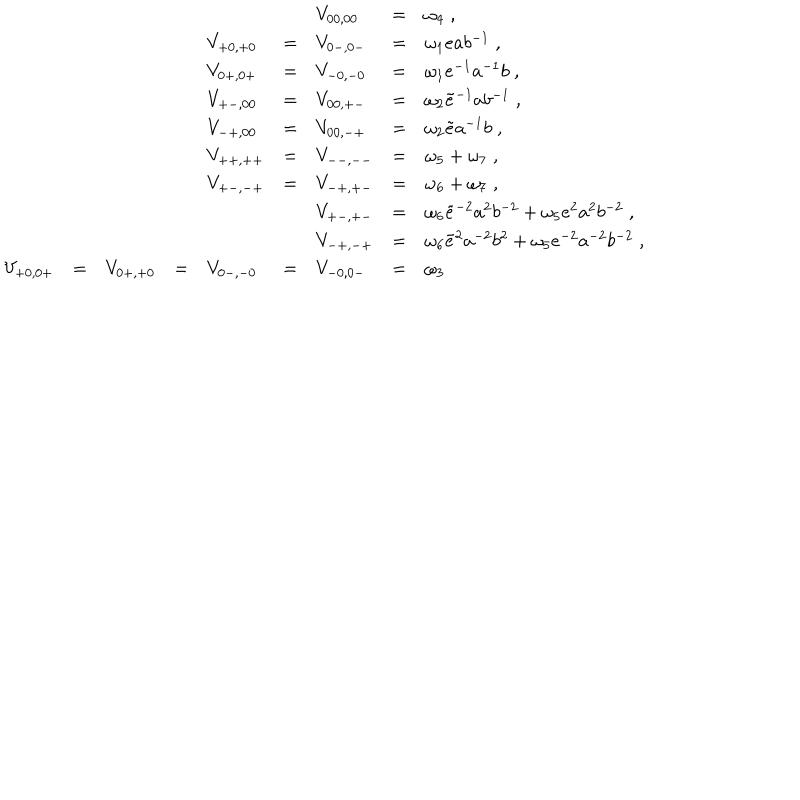
\begin{array} { l l l l l l l l l } { { } } & { { } } & { { } } & { { } } & { { } } & { { } } & { { V _ { 0 0 , 0 0 } } } & { { = } } & { { \omega _ { 4 } \; , } } \\ { { } } & { { } } & { { } } & { { } } & { { V _ { + 0 , + 0 } } } & { { = } } & { { V _ { 0 - , 0 - } } } & { { = } } & { { \omega _ { 1 } e a b ^ { - 1 } \; , } } \\ { { } } & { { } } & { { } } & { { } } & { { V _ { 0 + , 0 + } } } & { { = } } & { { V _ { - 0 , - 0 } } } & { { = } } & { { \omega _ { 1 } e ^ { - 1 } a ^ { - 1 } b \; , } } \\ { { } } & { { } } & { { } } & { { } } & { { V _ { + - , 0 0 } } } & { { = } } & { { V _ { 0 0 , + - } } } & { { = } } & { { \omega _ { 2 } \tilde { e } ^ { - 1 } a b ^ { - 1 } \; , } } \\ { { } } & { { } } & { { } } & { { } } & { { V _ { - + , 0 0 } } } & { { = } } & { { V _ { 0 0 , - + } } } & { { = } } & { { \omega _ { 2 } \tilde { e } a ^ { - 1 } b \; , } } \\ { { } } & { { } } & { { } } & { { } } & { { V _ { + + , + + } } } & { { = } } & { { V _ { -- , -- } } } & { { = } } & { { \omega _ { 5 } + \omega _ { 7 } \; , } } \\ { { } } & { { } } & { { } } & { { } } & { { V _ { + - , - + } } } & { { = } } & { { V _ { - + , + - } } } & { { = } } & { { \omega _ { 6 } + \omega _ { 7 } \; , } } \\ { { } } & { { } } & { { } } & { { } } & { { } } & { { } } & { { V _ { + - , + - } } } & { { = } } & { { \omega _ { 6 } \tilde { e } ^ { - 2 } a ^ { 2 } b ^ { - 2 } + \omega _ { 5 } e ^ { 2 } a ^ { 2 } b ^ { - 2 } \; , } } \\ { { } } & { { } } & { { } } & { { } } & { { } } & { { } } & { { V _ { - + , - + } } } & { { = } } & { { \omega _ { 6 } \tilde { e } ^ { 2 } a ^ { - 2 } b ^ { 2 } + \omega _ { 5 } e ^ { - 2 } a ^ { - 2 } b ^ { - 2 } \; , } } \\ { { V _ { + 0 , 0 + } } } & { { = } } & { { V _ { 0 + , + 0 } } } & { { = } } & { { V _ { 0 - , - 0 } } } & { { = } } & { { V _ { - 0 , 0 - } } } & { { = } } & { { \omega _ { 3 } } } \\ \end{array}